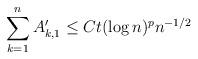
LaTeX: \begin{align*}\sum_{k=1}^n A'_{k,1} \leq C t(\log n)^p n^{-1/2}\end{align*}